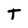
Character: T